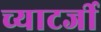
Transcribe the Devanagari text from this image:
च्याटर्जी